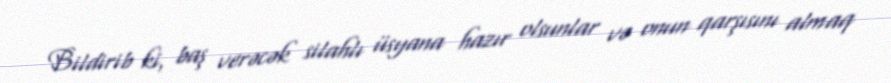
Bildirib ki, baş verəcək silahlı üsyana hazır olsunlar və onun qarşısını almaq